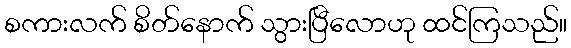
စကားလက် စိတ်နောက် သွားပြီလောဟု ထင်ကြသည်။